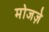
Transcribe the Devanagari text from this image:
मोजज़े